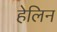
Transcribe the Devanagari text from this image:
हेलिन